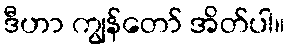
ဒီဟာ ကျွန်တော် အိတ်ပါ။